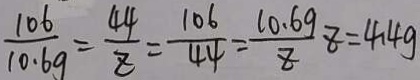
\frac { 1 0 6 } { 1 0 . 6 g } = \frac { 4 4 } { z } = \frac { 1 0 6 g } { 4 4 } = \frac { 1 0 . 6 9 } { z } z = 4 . 4 g